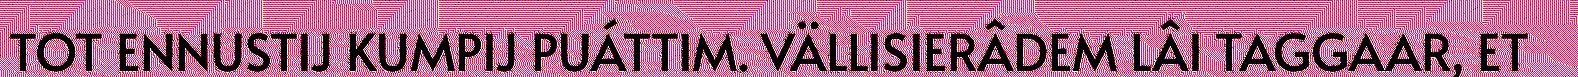
TOT ENNUSTIJ KUMPIJ PUÁTTIM. VÄLLISIERÂDEM LÂI TAGGAAR, ET